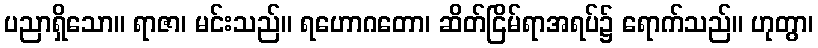
ပညာရှိသော။ ရာဇာ၊ မင်းသည်။ ရဟောဂတော၊ ဆိတ်ငြိမ်ရာအရပ်၌ ရောက်သည်။ ဟုတွာ၊